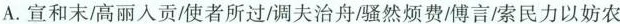
A. 宣和末高丽人贡/使者所过/调夫治舟骚然烦费/傅言/索民力以妨农